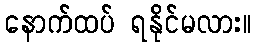
နောက်ထပ် ရနိုင်မလား။